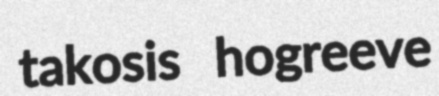
takosis hogreeve